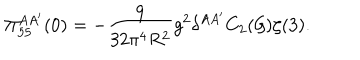
\Pi _ { 5 5 } ^ { A A ^ { \prime } } ( 0 ) = - \frac { 9 } { 3 2 \pi ^ { 4 } R ^ { 2 } } g ^ { 2 } \delta ^ { A A ^ { \prime } } C _ { 2 } ( { \cal G } ) \zeta ( 3 ) .